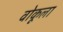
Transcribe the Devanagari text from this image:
वोकूला